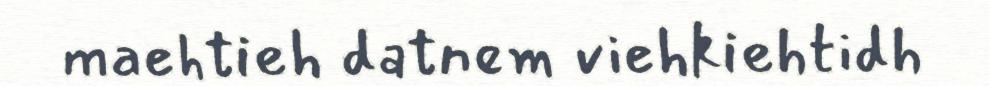
maehtieh datnem viehkiehtidh